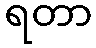
ရတာ